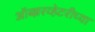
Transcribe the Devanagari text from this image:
ऑब्झरव्हेटरीच्या